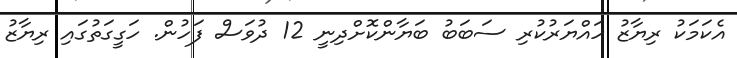
އެކަމަކު ރިޔާޒު ހައްޔަރުކުރި ސަބަބު ބަޔާންކޮށްދިނީ 12 ދުވަސް ފަހުން. ހަގީގަތުގައި ރިޔާޒު